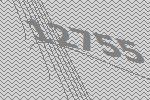
12755